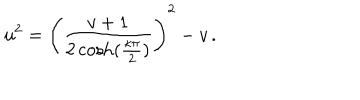
u ^ { 2 } = \left( \frac { v + 1 } { 2 \cosh ( \frac { \kappa \pi } { 2 } ) } \right) ^ { 2 } - v \, .